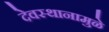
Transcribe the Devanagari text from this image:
देवस्थानामुळे